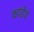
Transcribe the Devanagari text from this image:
कपडेच